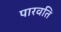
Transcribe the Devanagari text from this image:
पारवति